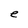
Character: e